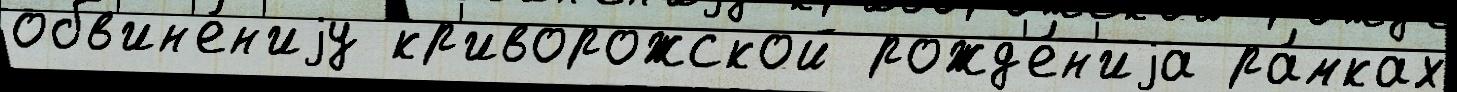
обв'ин'е́н'иjу кр'иворожской рожд'е́н'иjа ра́мках